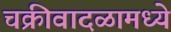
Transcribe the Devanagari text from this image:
चक्रीवादळामध्ये